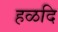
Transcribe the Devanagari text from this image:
हळदि